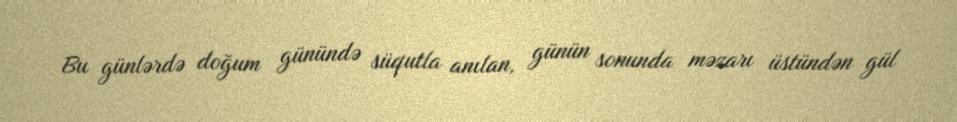
Bu günlərdə doğum günündə süqutla anılan, günün sonunda məzarı üstündən gül